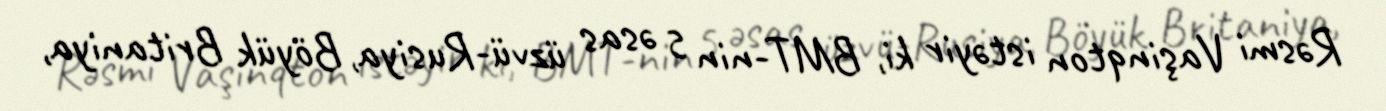
Rəsmi Vaşinqton istəyir ki, BMT-nin 5 əsas üzvü-Rusiya, Böyük Britaniya,